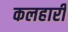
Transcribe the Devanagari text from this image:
कलहारी